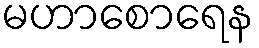
မဟာစောရေန